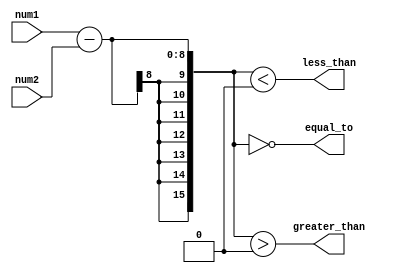
module inequality_comparator (
    input [7:0] num1,
    input [7:0] num2,
    output less_than,
    output greater_than,
    output equal_to
);

wire [15:0] diff;

assign diff = num1 - num2;

assign less_than = (diff < 16'b0);
assign greater_than = (diff > 16'b0);
assign equal_to = (diff == 16'b0);

endmodule